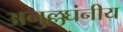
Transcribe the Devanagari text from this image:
अनुल्लघंनीय